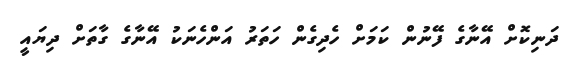
ދަނިކޮށް އޭނާގެ ފޭނުން ކަމަށް ހެދިގެން ހަތަރު އަންހެނަކު އޭނާގެ ގާތަށް ދިޔައީ